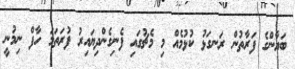
ބަޔާންގެ ފަރާތުން ރަނގަޅު ކުޅުމެއް މި މެޗުގައި ފެނިގެންދިޔައިރު ފުރަތަމަ ހާފް ނިމުނީ